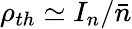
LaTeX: \rho_{th}\simeq I_{n}/{\bar{n}}